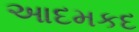
આદમકદ